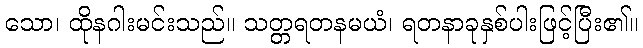
သော၊ ထိုနဂါးမင်းသည်။ သတ္တရတနမယံ၊ ရတနာခုနှစ်ပါးဖြင့်ပြီး၏။